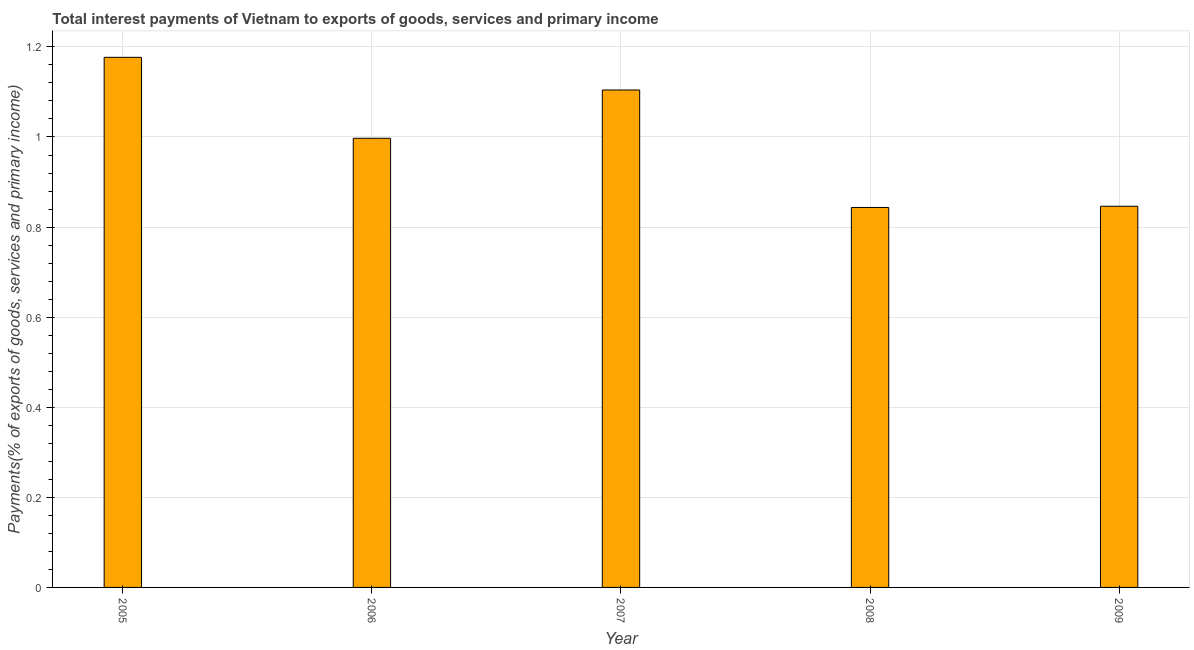
| Year | Interest payments on external debt |
 | --- | --- |
 | 2005 | 1.18 |
 | 2006 | 0.997 |
 | 2007 | 1.1 |
 | 2008 | 0.844 |
 | 2009 | 0.846 |